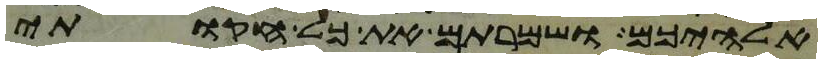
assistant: אלהיכם ושמרתם את כל חקותי